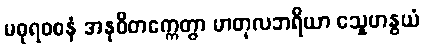
မဓုရဝစနံ အနုဝိတက္ကေတွာ မာတုလဘရိယာ သ္နေဟနွယံ